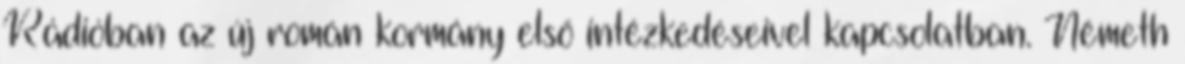
Rádióban az új román kormány első intézkedéseivel kapcsolatban. Németh